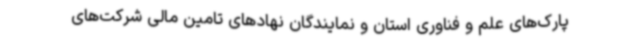
پارک‌های علم و فناوری استان و نمایندگان نهادهای تامین مالی شرکت‌های